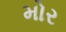
મોર